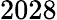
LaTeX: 2028